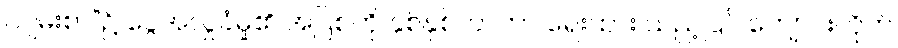
ကျမ်းစာ”၌ ငွေအလှူခံမှု၏ အပြစ်ကို နှစ်နှစ်ကာကာ ရေးထား သည့်ပြင် ကျောင်းတိုက်